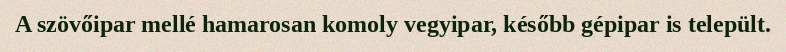
A szövőipar mellé hamarosan komoly vegyipar, később gépipar is települt.